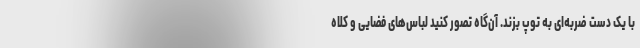
با یک دست ضربه‌ای به توپ بزند. آن‌گاه تصور کنید لباس‌های فضایی و کلاه